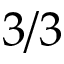
3 / 3